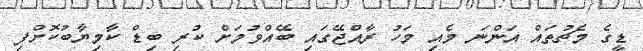
ޑީގެ މެޗުތައް އަންނަ މެއި މަހު ރާއްޖޭގައި ބޭއްވުމަށް ކުރި ބިޑް ކާމިޔާބުކޮށްފި